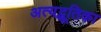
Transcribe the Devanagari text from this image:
अत्यद्भूतिका